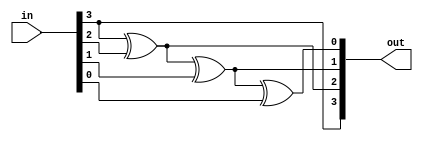
module gray_to_binary (
  out,
  in
);

  output [3:0] out;
  input [3:0] in;

  buf (out[3], in[3]);
  xor (out[2], out[3], in[2]);
  xor (out[1], out[2], in[1]);
  xor (out[0], out[1], in[0]);

endmodule


module gray_to_binary_tb ();

  reg  [3:0] gray;
  wire [3:0] binary;

  gray_to_binary g2b (
    .out(binary),
    .in (gray)
  );

  initial begin
    $dumpfile("gray_to_binary.vcd");
    $dumpvars(0, gray_to_binary_tb);

    gray = 4'b0000;
    #50;
    gray = 4'b0001;
    #50;
    gray = 4'b0010;
    #50;
    gray = 4'b0011;
    #50;
    gray = 4'b0100;
    #50;
    gray = 4'b0101;
    #50;
    gray = 4'b0110;
    #50;
    gray = 4'b0111;
    #50;
    gray = 4'b1000;
    #50;
    gray = 4'b1001;
    #50;
    gray = 4'b1010;
    #50;
    gray = 4'b1011;
    #50;
    gray = 4'b1100;
    #50;
    gray = 4'b1101;
    #50;
    gray = 4'b1110;
    #50;
    gray = 4'b1111;
    #50;
  end

endmodule